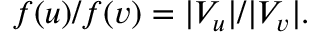
f ( u ) / f ( v ) = | V _ { u } | / | V _ { v } | .